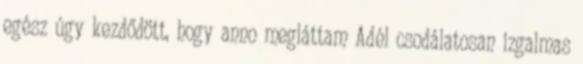
egész úgy kezdődött, hogy anno megláttam Adél csodálatosan izgalmas